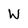
Character: W